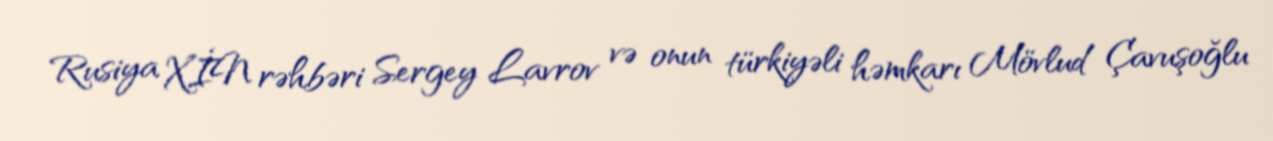
Rusiya XİN rəhbəri Sergey Lavrov və onun türkiyəli həmkarı Mövlud Çavuşoğlu